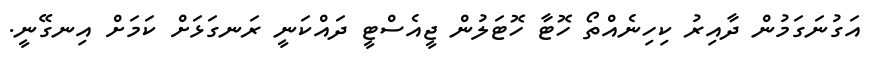
އަގުނަގަމުން ދާއިރު ކިހިނެއްތޯ ހޮޓާ ހޮޓަލުން ޖީއެސްޓީ ދައްކަނީ ރަނގަޅަށް ކަމަށް އިނގޭނީ.